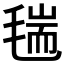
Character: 𣮼